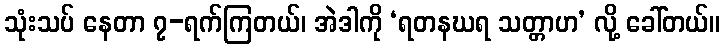
သုံးသပ် နေတာ ၇-ရက်ကြတယ်၊ အဲဒါကို ‘ရတနဃရ သတ္တာဟ’ လို့ ခေါ်တယ်။